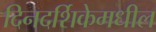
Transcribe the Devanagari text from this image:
दिनदर्शिकेमधील